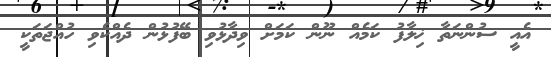
އެއީ ސުންނަތާ ޚިލާފު ކަމެއް ނޫން ކަމަށް ވިދާޅުވި ބޭފުޅުން ދެއްކެވި ހުއްޖަތަކީ